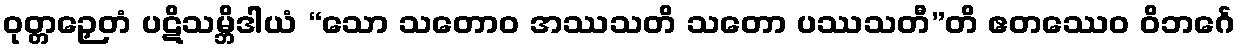
ဝုတ္တဉှေတံ ပဋိသမ္ဘိဒါယံ “သော သတောဝ အဿသတိ သတော ပဿသတီ”တိ ဧတဿေဝ ဝိဘင်္ဂေ